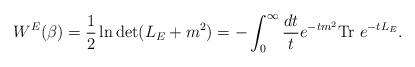
LaTeX: \begin{align*}W^E(\beta)=\frac 12 \ln \det (L_E+m^2)=-\int_0^{\infty}{dt \over t}e^{-tm^2}\mbox{Tr}~e^{-tL_E}.\end{align*}